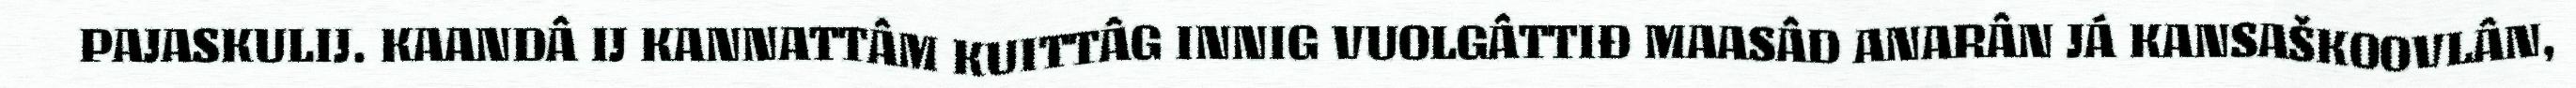
PAJASKULIJ. KAANDÂ IJ KANNATTÂM KUITTÂG INNIG VUOLGÂTTIĐ MAASÂD ANARÂN JÁ KANSAŠKOOVLÂN,